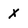
Character: x